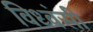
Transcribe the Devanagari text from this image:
विध्वंसी